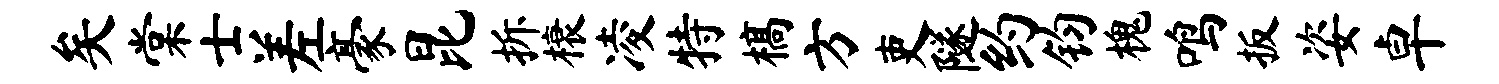
矣棠士差豪昆拆榱凌特槁方吏隧约钧槐鸣扳姿卓